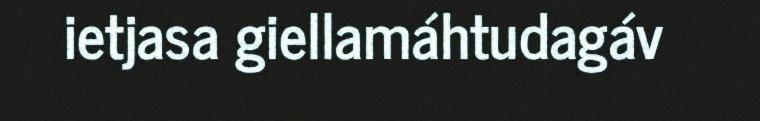
ietjasa giellamáhtudagáv